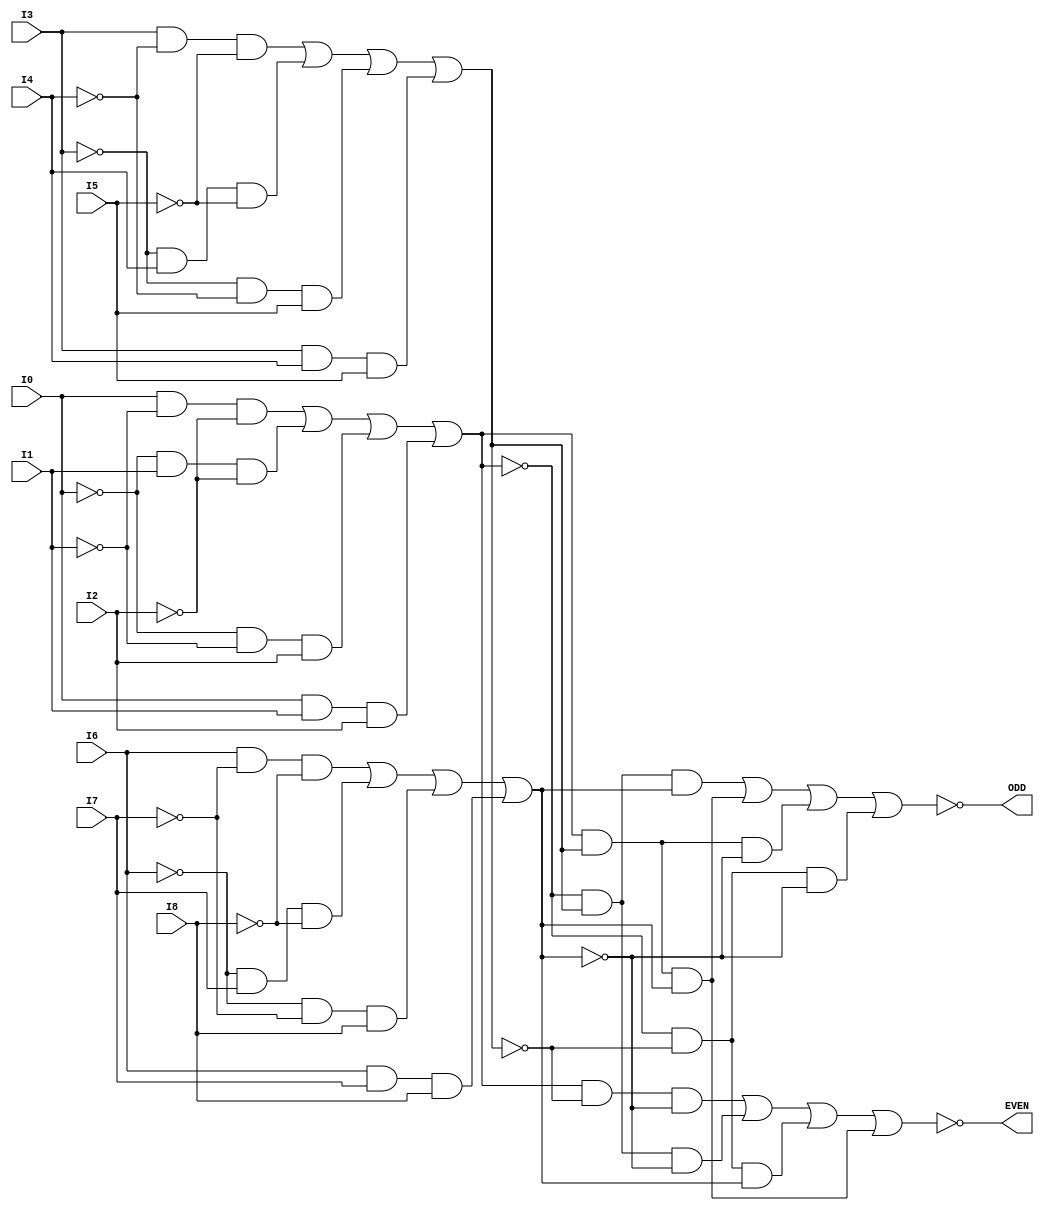
/*
 * $Id$
 */

/* 9-bit odd/even parity generator/checker */

module part_74S280 (I0, I1, I2, I3, I4, I5, I6, I7, I8,
	EVEN, ODD);

  input I0, I1, I2, I3, I4, I5, I6, I7, I8;
  output EVEN, ODD;

//should change model to use A-G
//  wire i1 = !( (A&!B&!C) | (!A&B&!C) | (!A&!B&C) | (A&B&C) );
//  wire i2 = !( (D&!E&!F) | (!D&E&!F) | (!D&!E&F) | (D&E&F) );
//  wire i3 = !( (G&!H&!I) | (!G&H&!I) | (!G&!H&I) | (G&H&I) );
  wire i1 = !( (I0&!I1&!I2) | (!I0&I1&!I2) | (!I0&!I1&I2) | (I0&I1&I2) );
  wire i2 = !( (I3&!I4&!I5) | (!I3&I4&!I5) | (!I3&!I4&I5) | (I3&I4&I5) );
  wire i3 = !( (I6&!I7&!I8) | (!I6&I7&!I8) | (!I6&!I7&I8) | (I6&I7&I8) );

  assign EVEN = !( (!i1&i2&i3) | (i1&!i2&i3) | (i1&i2&!i3) | (!i1&!i2&!i3));
  assign ODD = !( (i1&!i2&!i3) | (!i1&!i2&!i3) | (!i1&!i2&i3) | (i1&i2&i3));

endmodule